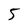
Character: 5